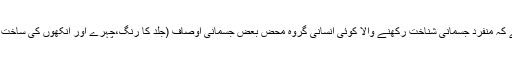
نسلی امتیاز یا تعصّب کی بنیاد یہ غیر سائنسی اور احمقانہ عقیدہ ہے کہ منفرد جسمانی شناخت رکھنے والا کوئی انسانی گروہ محض بعض جسمانی اوصاف (جلد کا رنگ،چہرے اور آنکھوں کی ساخت وغیرہ)کی بنا پر دوسرے انسانی گروہوںسے افضل یا اعلیٰ تر ہے۔